Civil Veterinary Department. Madras. Admin. report 1926-33 - 1926-1933
Year: 1926
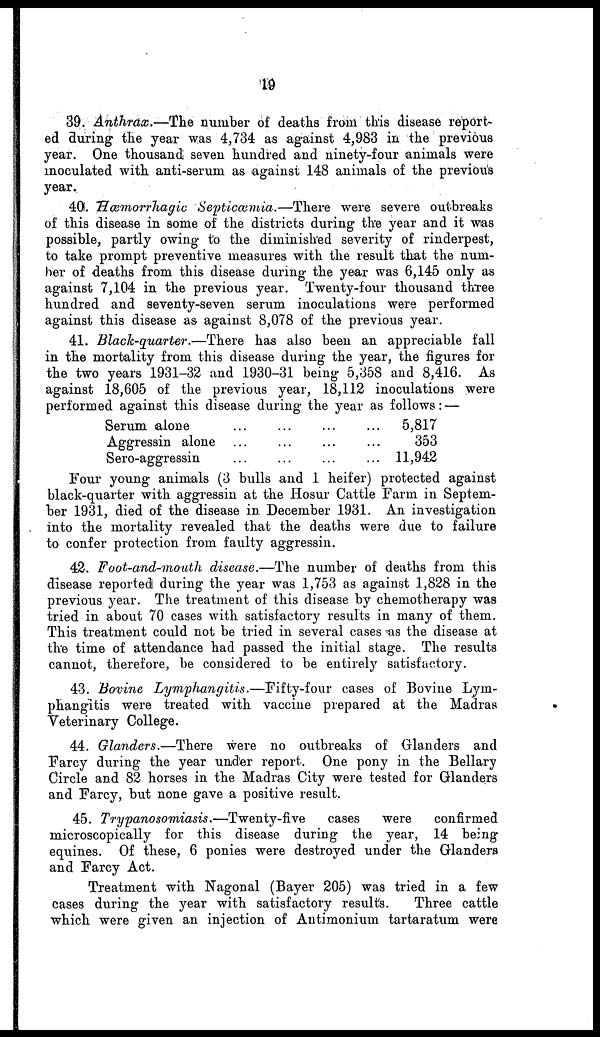
19
39. Anthrax.—The
number of deaths from this disease report-
ed during the year was 4,734 as against 4,983 in the previous
year. One thousand seven hundred and ninety-four animals were
inoculated with anti-serum as against 148 animals of the previous
year.
40. Hæmorrhagic
Septicæmia.—There
were severe outbreaks
of this disease in some of the districts during the year and it was
possible, partly owing to the diminished severity of rinderpest,
to take prompt preventive measures with the result that the num-
ber of deaths from this disease during the year was 6,145 only as
against 7,104 in the previous year. Twenty-four thousand three
hundred and seventy-seven serum inoculations were performed
against this disease as against 8,078 of the previous year.
41. Black-quarter.—There
has also been an appreciable fall
in the mortality from this disease during the year, the figures for
the two years 1931-32 and 1930-31 being 5,358 and 8,416. As
against 18,605 of the previous year, 18,112 inoculations were
performed against this disease during the year as follows: —
Serum alone
Aggressin alone
Sero-aggressin
...
...
...
...
...
...
...
...
...
...
...
...
5,817
353
11,942
Four young animals (3 bulls and 1 heifer) protected against
black-quarter with aggressin at the Hosur Cattle Farm in Septem-
ber 1931, died of the disease in. December 1931. An investigation
into the mortality revealed that the deaths were due to failure
to confer protection from faulty aggressin.
42. Foot-and-mouth
disease.—The number of deaths from this
disease reported during the year was 1,753 as against 1,828 in the
previous year. The treatment of this disease by chemotherapy was
tried in about 70 cases with satisfactory results in many of them.
This treatment could not be tried in several cases as the disease at
the time of attendance had passed the initial stage. The results
cannot, therefore, be considered to be entirely satisfactory.
43. Bovine Lymphangitis.—Fifty-four
cases of Bovine Lym-
phangitis were treated with vaccine prepared at the Madras
Veterinary College.
44. Glanders.—There
were no outbreaks of Glanders and
Farcy during the year under report. One pony in the Bellary
Circle and 82 horses in the Madras City were tested for Glanders
and Farcy, but none gave a positive result.
45. Trypanosomiasis.—Twenty-five
cases
were
confirmed
microscopically for this disease during the year, 14 being
equines. Of these, 6 ponies were destroyed under the Glanders
and Farcy Act.
Treatment with Nagonal (Bayer 205) was tried in a few
cases during the year with satisfactory results.
Three cattle
which were given an injection of Antimonium tartaratum were